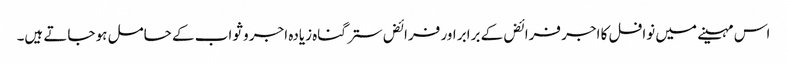
اس مہینے میں نوافل کا اجر فرائض کے برابر اور فرائض ستر گناہ زیادہ اجر و ثواب کے حامل ہو جاتے ہیں۔